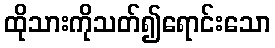
ထိုသားကိုသတ်၍ရောင်းသော